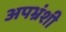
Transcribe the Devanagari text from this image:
अपभ्रंशी